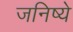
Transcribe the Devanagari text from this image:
जनिष्ये